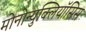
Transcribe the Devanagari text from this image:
मोनोन्युक्लियॉसिस